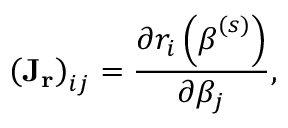
\left( \mathbf { J _ { r } } \right) _ { i j } = { \frac { \partial r _ { i } \left( { \boldsymbol { \beta } } ^ { ( s ) } \right) } { \partial \beta _ { j } } } ,